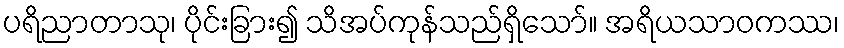
ပရိညာတာသု၊ ပိုင်းခြား၍ သိအပ်ကုန်သည်ရှိသော်။ အရိယသာဝကဿ၊